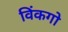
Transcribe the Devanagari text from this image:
विंकगो